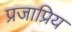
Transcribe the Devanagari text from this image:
प्रजाप्रिय